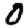
Digit: 0